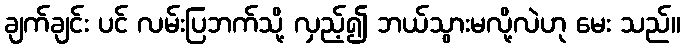
ချက်ချင်း ပင် လမ်းပြဘက်သို့ လှည့်၍ ဘယ်သွားမလို့လဲဟု မေး သည်။